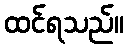
ထင်ရသည်။